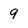
Character: 9